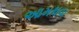
આમથવા